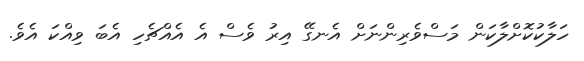
ހަލާކުކޮށްލާކަން މަސްވެރިންނަށް އެނގޭ އިރު ވެސް އެ އެއްޗެހި އެބަ ވިއްކަ އެވެ.